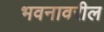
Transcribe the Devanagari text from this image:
भवनावरील